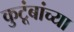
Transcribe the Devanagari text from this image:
कुटूंबांच्या